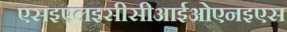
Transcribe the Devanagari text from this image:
एसइएलइसीसीआईओएनइएस